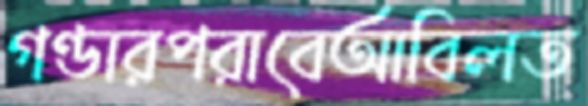
গণ্ডারপরাবেআবিলত